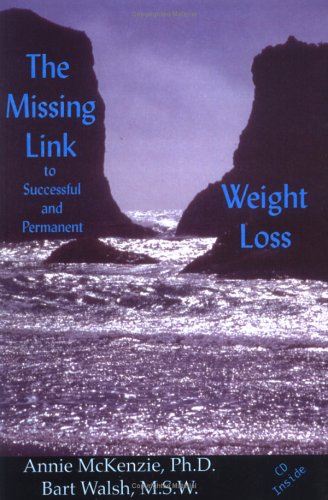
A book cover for The Missing Link to Successful Weight Loss (Book and hypnosis cd); Annie McKenzie Ph.D.; Health, Fitness & Dieting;